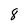
Character: 8